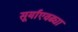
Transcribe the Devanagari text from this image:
सूर्याएवढ्या